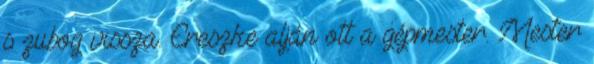
s zubog vissza. Ereszke alján ott a gépmester. Mester